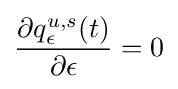
{\frac {\partial q_{\epsilon }^{u,s}(t)}{\partial \epsilon }}=0